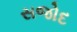
સજોદ